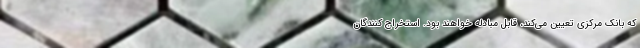
که بانک مرکزی تعیین می‌کند، قابل مبادله خواهند بود. استخراج کنندگان